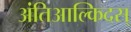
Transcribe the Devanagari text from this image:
अंतिआल्किदस्